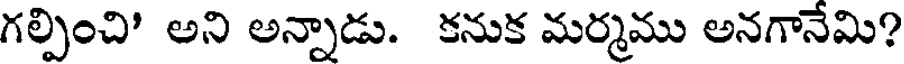
గల్పించి' అని అన్నాడు. కనుక మర్మము అనగానేమి?